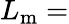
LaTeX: L_{\mathrm{m}}=